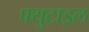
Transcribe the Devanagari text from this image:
फ्युटाइल